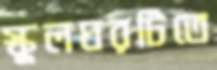
স্কুলঘরটিতে